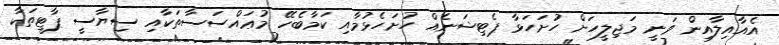
އެއާއިލާއިން ވަނީ މަޖިލީހަށް ހުށަހަޅާ ޕެޓިޝަނެއް ހުށަހެޅުމާއި ކަމާބެހޭ މުޢައްސަސާތަކާއި ސިޔާސީ ޕާޓީތަކާ